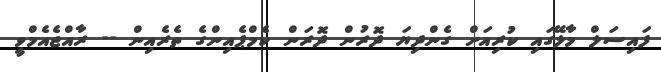
ފައިސަލް މާލޭގައި ކުރިއަށް ގެންދިޔަ ދޮރުން ދޮރަން ކެމްޕެއިންގެ ތެރެއިން -- ރާއްޖެއެމްވީ